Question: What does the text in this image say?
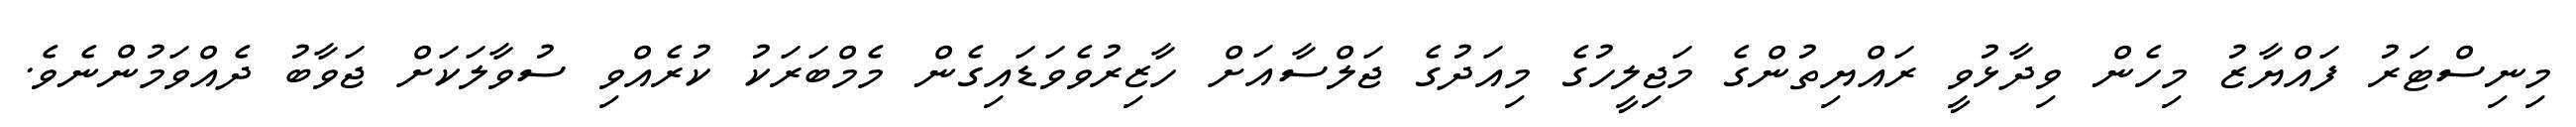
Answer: މިނިސްޓަރު ފައްޔާޒު މިހެން ވިދާޅުވީ ރައްޔިތުންގެ މަޖިލީހުގެ މިއަދުގެ ޖަލްސާއަށް ހާޒިރުވެވަޑައިގެން މެމްބަރަކު ކުރެއްވި ސުވާލަކަށް ޖަވާބު ދެއްވަމުންނެވެ.